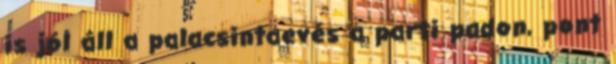
is jól áll a palacsintaevés a parti padon, pont